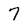
Character: 7